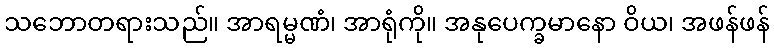
သဘောတရားသည်။ အာရမ္မဏံ၊ အာရုံကို။ အနုပေက္ခမာနော ဝိယ၊ အဖန်ဖန်